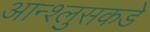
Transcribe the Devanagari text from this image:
आन्श्लुसकडे